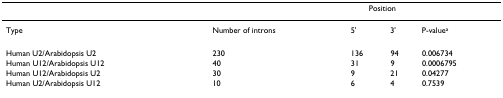
<table><thead><tr><td></td><td></td><td colspan="2"><b>Position</b></td><td></td></tr></thead><tbody><tr><td>Type</td><td>Number of introns</td><td>5&#x27;</td><td>3&#x27;</td><td>P-value<sup>a</sup></td></tr><tr><td>Human U2/Arabidopsis U2</td><td>230</td><td>136</td><td>94</td><td>0.006734</td></tr><tr><td>Human U12/Arabidopsis U12</td><td>40</td><td>31</td><td>9</td><td>0.0006795</td></tr><tr><td>Human U12/Arabidopsis U2</td><td>30</td><td>9</td><td>21</td><td>0.04277</td></tr><tr><td>Human U2/Arabidopsis U12</td><td>10</td><td>6</td><td>4</td><td>0.7539</td></tr></tbody></table>